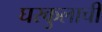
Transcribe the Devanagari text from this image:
घरकुलाची